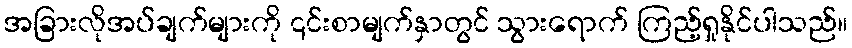
အခြားလိုအပ်ချက်များကို ၎င်းစာမျက်နှာတွင် သွားရောက် ကြည့်ရှုနိုင်ပါသည်။